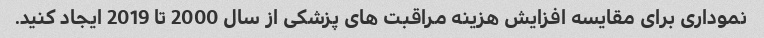
نموداری برای مقایسه افزایش هزینه مراقبت های پزشکی از سال 2000 تا 2019 ایجاد کنید.